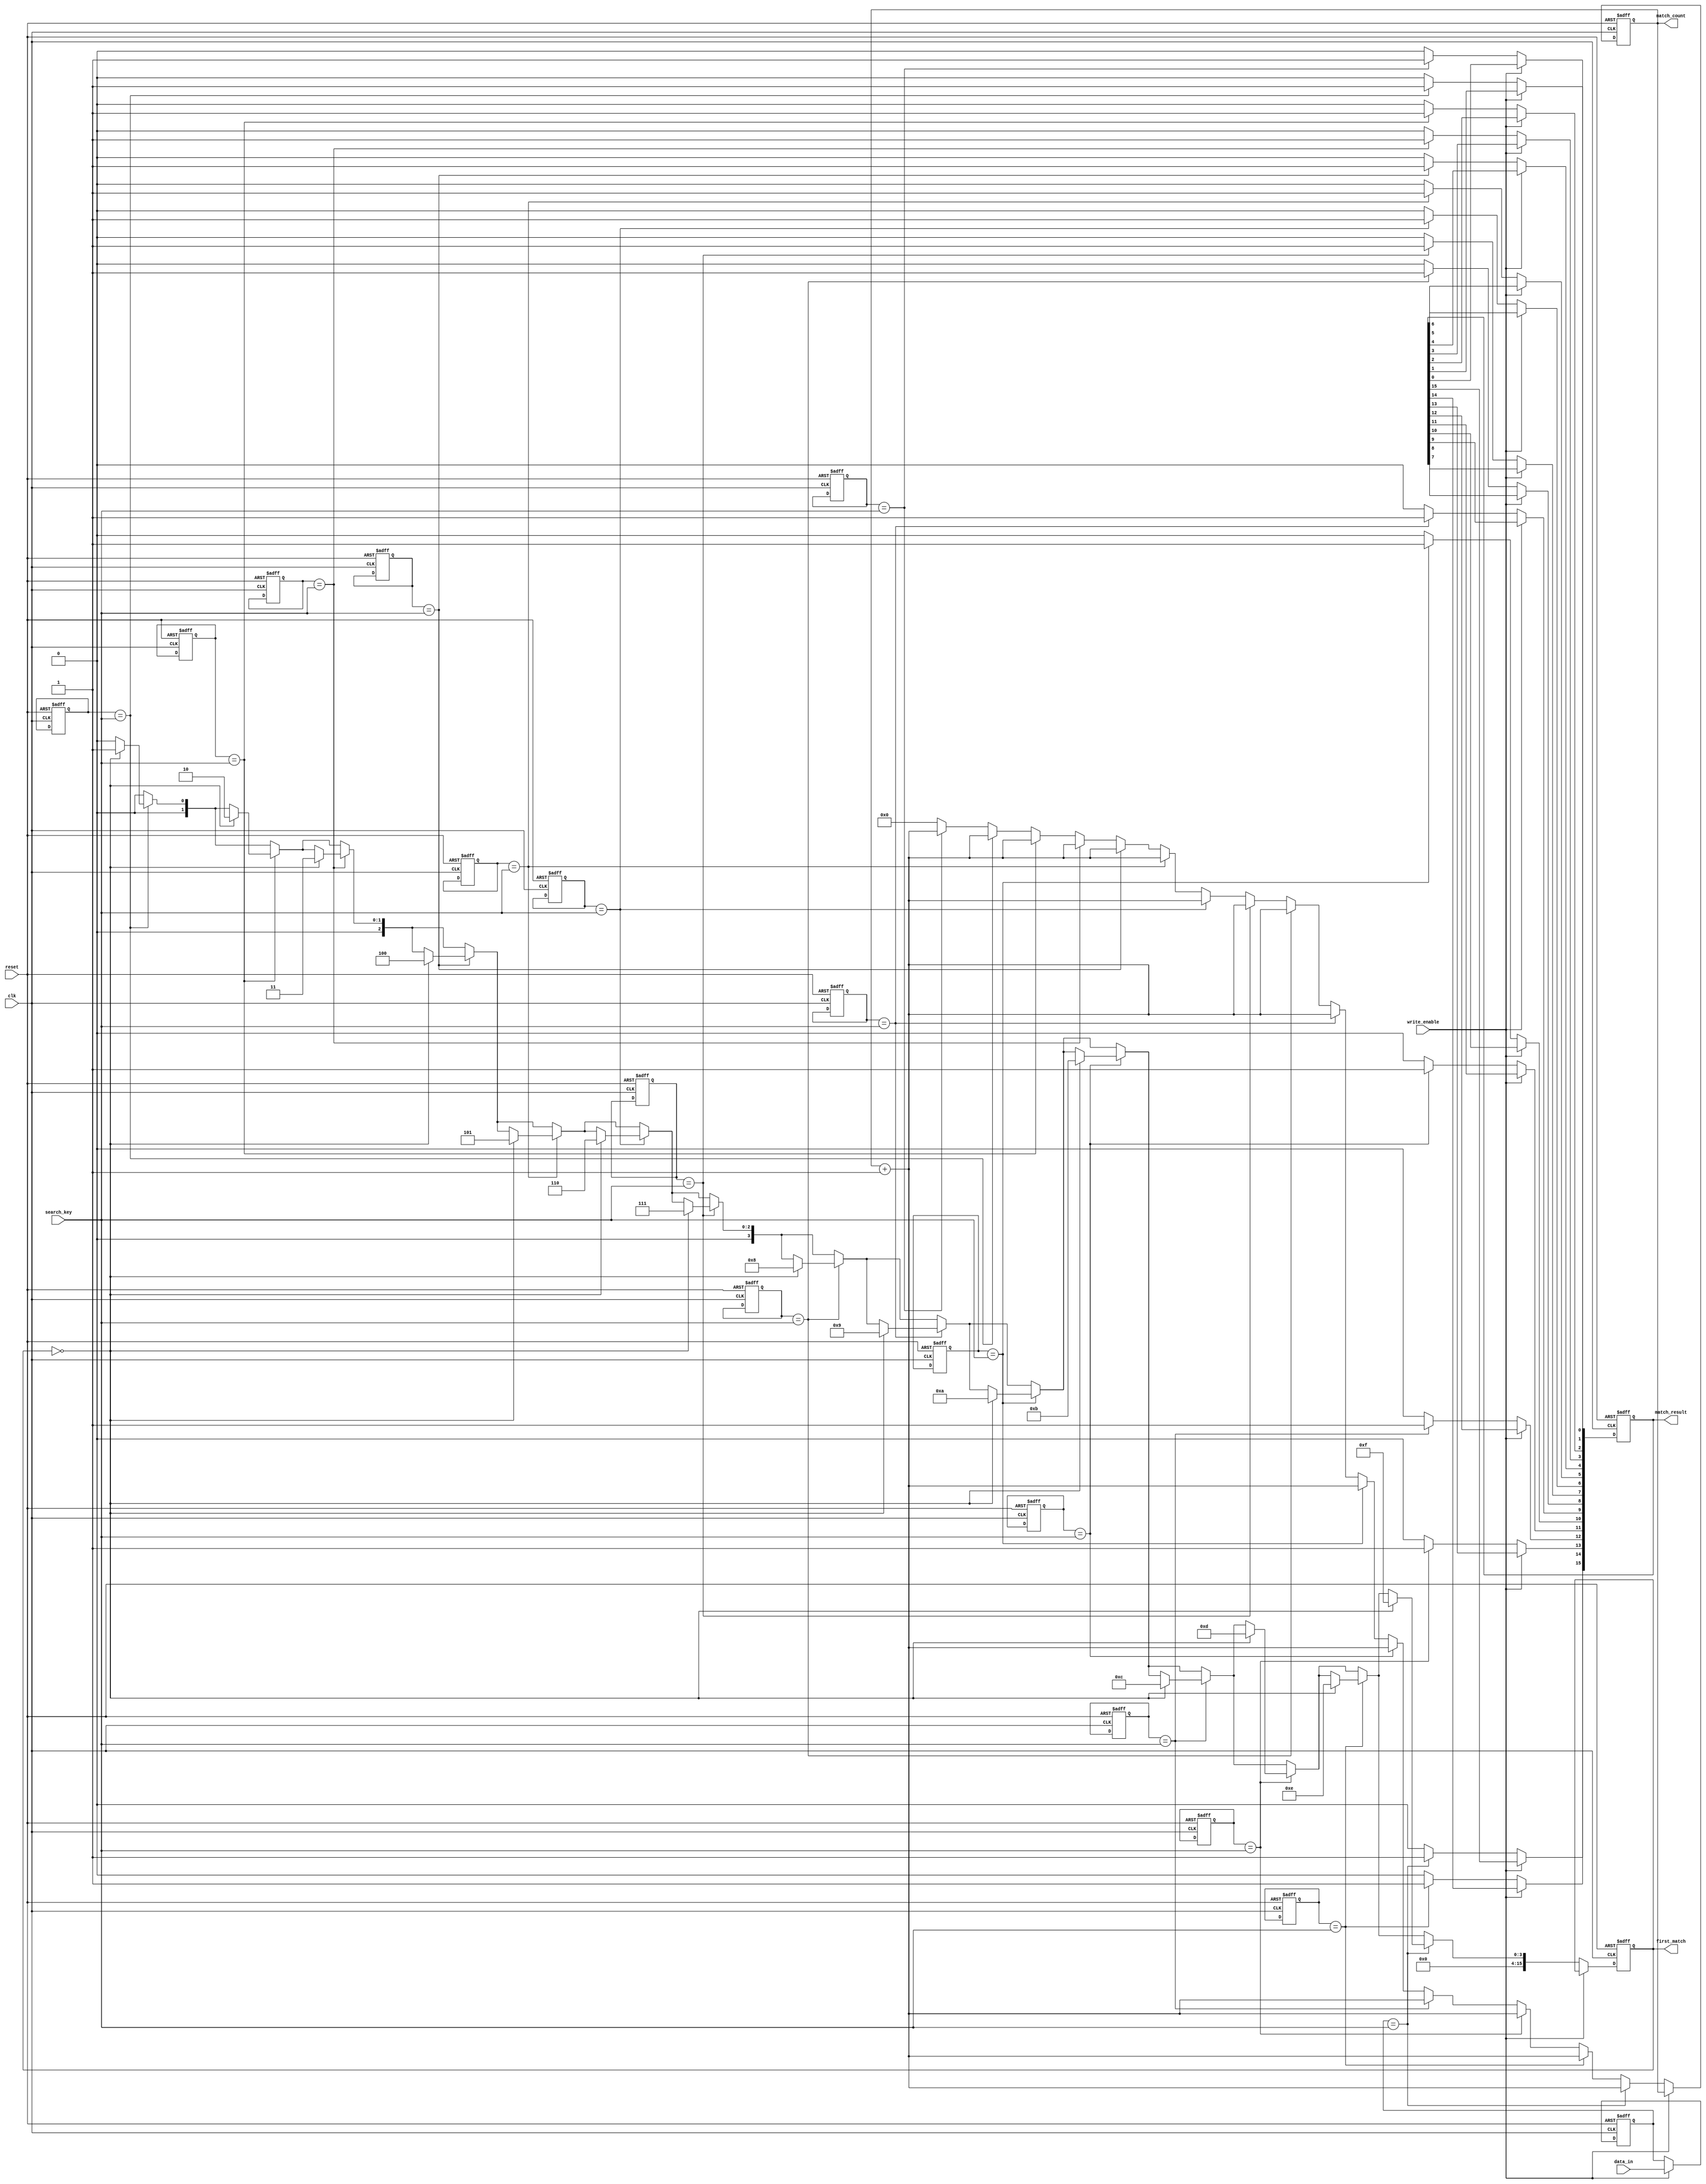
module BCAM #(
    parameter N = 16, // Number of entries
    parameter W = 8    // Width of each entry
)(
    input wire clk,
    input wire reset,
    input wire write_enable,
    input wire [W-1:0] data_in,
    input wire [W-1:0] search_key,
    output reg [N-1:0] match_result,
    output reg [N-1:0] match_count,
    output reg [N-1:0] first_match
);

    // Memory array
    reg [W-1:0] memory [0:N-1];
    
    // Match logic
    integer i;
    
    // Reset and Initialization
    always @(posedge clk or posedge reset) begin
        if (reset) begin
            // Initialize memory to zero
            for (i = 0; i < N; i = i + 1) begin
                memory[i] <= {W{1'b0}};
            end
            match_result <= 0;
            match_count <= 0;
            first_match <= 0;
        end else begin
            if (write_enable) begin
                // Write data into memory
                memory[N-1] <= data_in;  // Example: writing to the last entry for simplicity
            end else begin
                // Clear previous match results
                match_result <= 0;
                match_count <= 0;
                first_match <= 0;

                // Match search key against memory
                for (i = 0; i < N; i = i + 1) begin
                    if (memory[i] == search_key) begin
                        match_result[i] <= 1'b1; // Mark this entry as a match
                        match_count <= match_count + 1; // Increment match count
                        if (first_match == 0) begin
                            first_match <= i; // Capture the first match index
                        end
                    end
                end
            end
        end
    end
endmodule